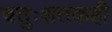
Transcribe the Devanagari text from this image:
चतुःशतकही